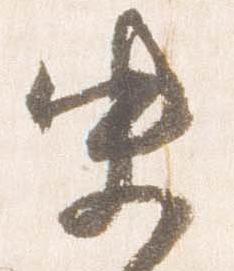
史